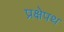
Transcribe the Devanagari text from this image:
प्रक्षेपथ